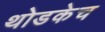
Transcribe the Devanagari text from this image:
थोडकेच